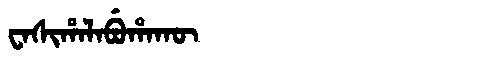
Manchu: ᠸᠠᠰᡳᡥᠠᠯᠠᠪᡠᡥᠠᡴᡡ
Romanization: WASIHALABUHAKŪ